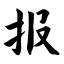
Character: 报